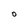
Character: O